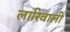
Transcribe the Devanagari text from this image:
लारिवाली